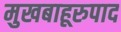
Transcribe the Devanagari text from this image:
मुखबाहूरुपाद